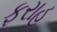
ફરાહ